Lunatic asylums Madras 1877-1891 - 1877-1891
Year: 1877
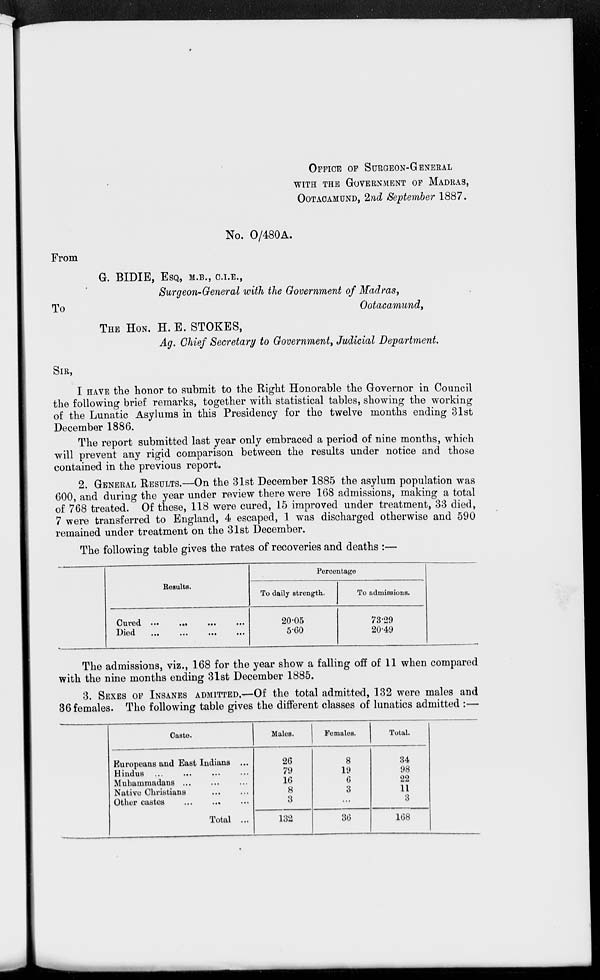
OFFICE OF SURGEON-GENERAL
WITH THE GOVERNMENT OF MADRAS,
OCTACAMUND. 2nd September 1887.
No. O/480A.
From
G. BIDIE, ESQ, M.B., C.I.E.,
Surgeon-General with the Government of Madras,
Ootacamund,
To
THE HON. H. E. STOKES,
Ag. Chief Secretary to Government, Judicial Department.
SIR,
I HAVE the honor to submit to the Right Honorable the Governor in Council
the following brief remarks, together with statistical tables, showing the working
of the Lunatic Asylums in this Presidency for the twelve months ending 31st
December 1886.
The report submitted last year only embraced a period of nine months, which
will prevent any rigid comparison between the results under notice and those
contained in the previous report.
2. GENERAL RESULTS.—On the 31st December 1885 the asylum population was
600, and during the year under review there were 168 admissions, making a total
of 768 treated. Of these, 118 were cured, 15 improved under treatment, 33 died,
7 were transferred to England, 4 escaped, 1 was discharged otherwise and 590
remained under treatment on the 31st December.
The following table gives the rates of recoveries and deaths :—
Results.
Cured
...
...
... ...
Died
...
...
...
...
Percentage
To daily strength.
20.05
5.60
To admissions.
73.29
20.49
The admissions, viz., 168 for the year show a falling off of 11 when compared
with the nine months ending 31st December 1885.
3. SEXES OF INSANES ADMITTED. — Of the total admitted, 132 were males and
36 females. The following table gives the different classes of lunatics admitted :—
Caste.
Europeans and East Indians ...
Hindus ...
...
... ...
Muhammadans
...
...
...
Native Christians
...
...
Other castes ... ... ...
Total ...
Males.
26
79
16
8
3
132
Females.
8
19
6
3
...
36
Total.
34
98
22
11
3
168